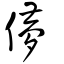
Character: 儚